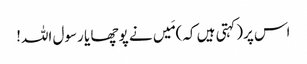
اس پر(کہتی ہیں کہ)مَیں نے پوچھا یا رسول اللہ!